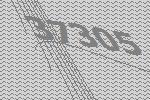
37305